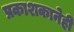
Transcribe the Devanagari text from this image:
प्रकाशकानेही